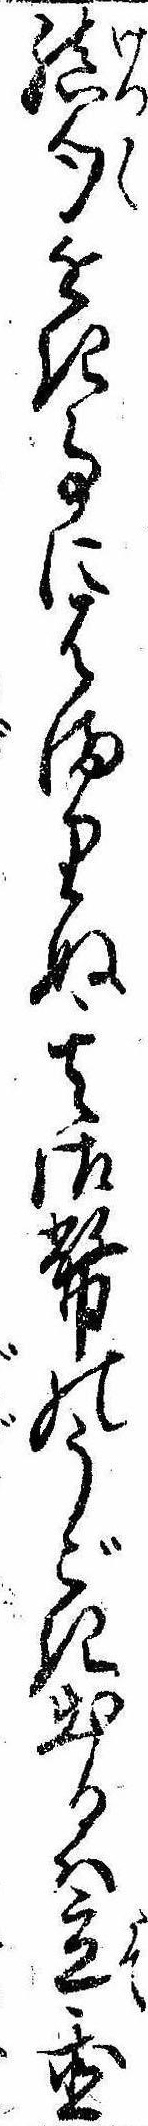
結句近き事にはまりぬ其御幣のうごき出るは立置